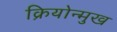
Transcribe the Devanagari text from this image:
क्रियोन्मुख